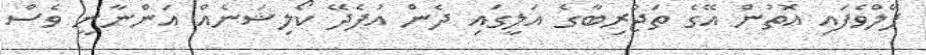
ފޭލްވެފައި އޮތުން އޭގެ ތަޖުރިބާގެ އަލީގައި ދެން އުފެދޭ ކޯލިޝަނެއް އަންނާނީ ވެސް